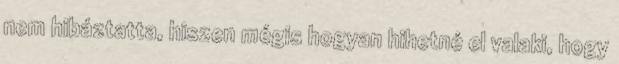
nem hibáztatta, hiszen mégis hogyan hihetné el valaki, hogy